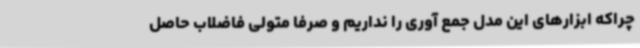
چراکه ابزارهای این مدل جمع آوری را نداریم و صرفا متولی فاضلاب حاصل